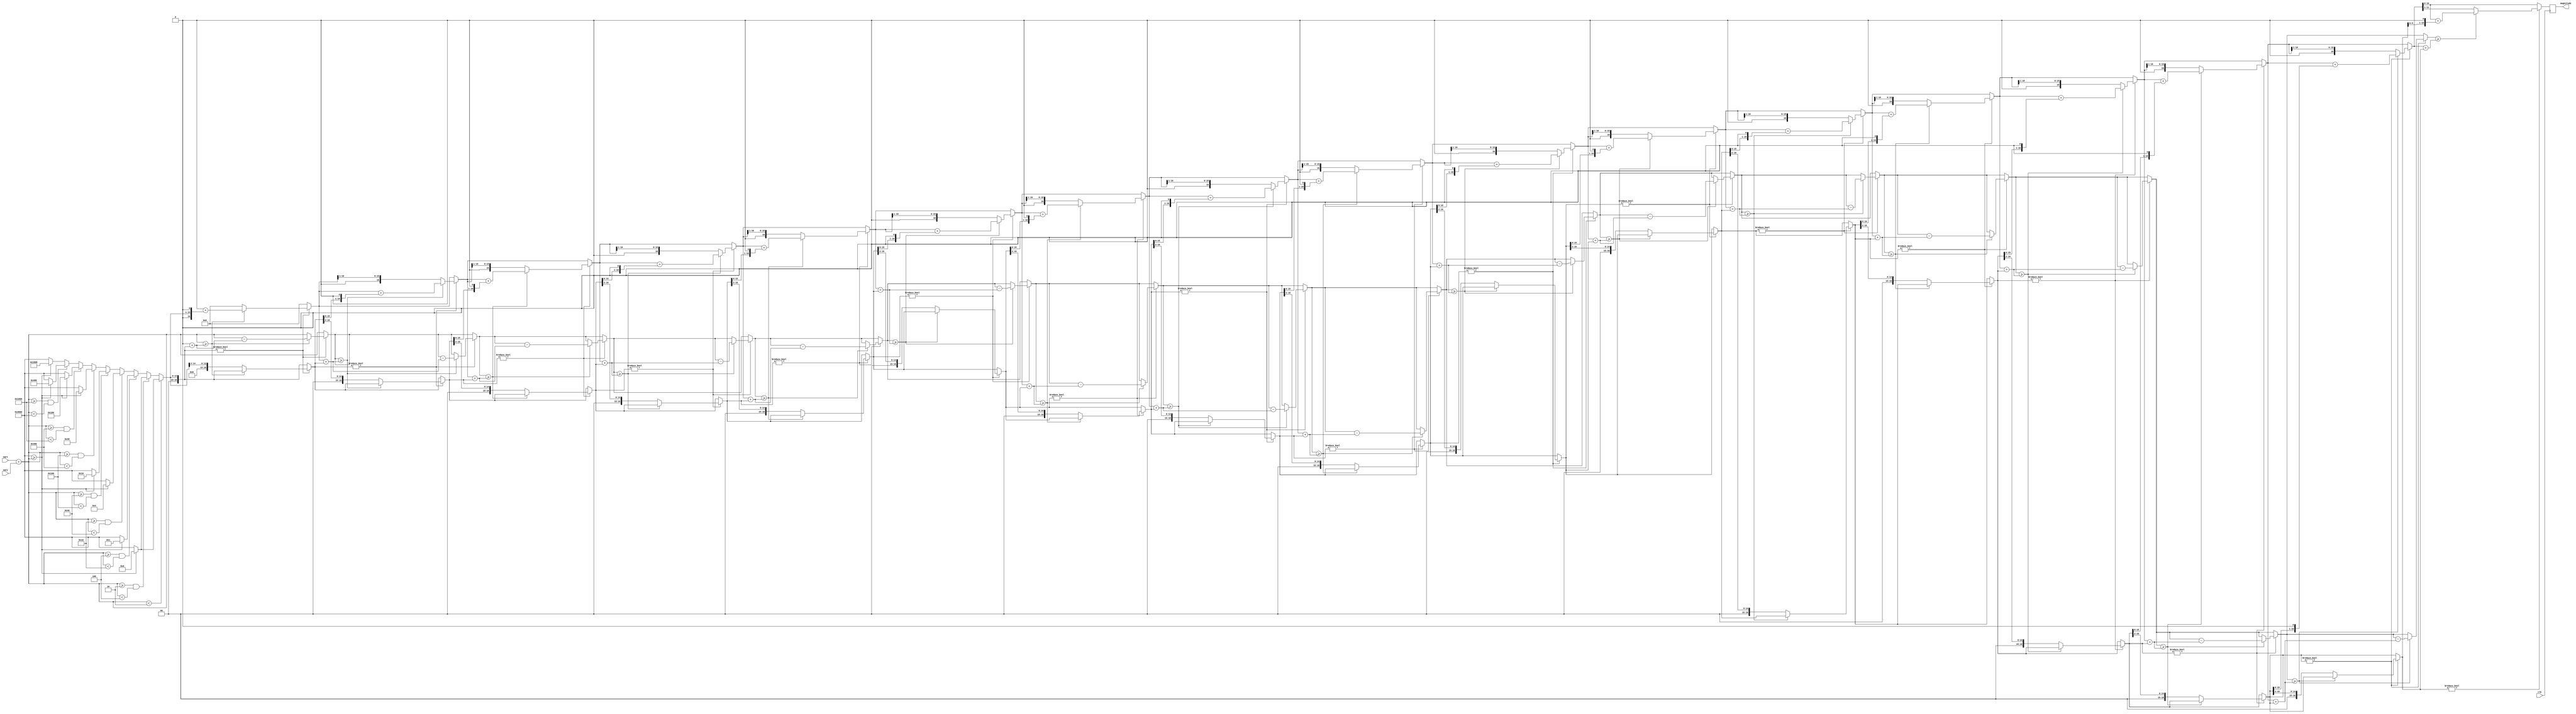
module root_sqr(
input wire clk,
input wire [16:0] sqrx,
input wire [16:0] sqry,
output reg [10:0] magnitude
);

reg [16:0] m;
reg [16:0] res;
reg [16:0] bit;
integer i = 0;

always@(posedge clk)
begin
	m = sqrx + sqry;
	res = 0;
	bit = 1 << 14;
	
	if (m < 2)
	begin
		 //for (i = 0; i < 9; i++)
			  if (bit >= m)
					bit = bit >> 18;
	end
	else if (m >= 2 && m < 4)
	begin
		 //for (i = 0; i < 8; i++)
			  if (bit >= m)
					bit = bit >> 16;
	end
	else if (m >= 4 && m < 16)
	begin
		 //for (i = 0; i < 7; i++)
			  if (bit >= m)
					bit = bit >> 14;
	end
	else if (m >= 16 && m < 64)
	begin
		 //for (i = 0; i < 6; i++)
			  if (bit >= m)
					bit = bit >> 12;
	end
	else if (m >= 64 && m < 256)
	begin
		 //for (i = 0; i < 5; i++)
			  if (bit >= m)
					bit = bit >> 10;
	end
	else if (m >= 256 && m < 1024)
	begin
		// for (i = 0; i < 4; i++)
			  if (bit >= m)
					bit = bit >> 8;
	end
	else if (m >= 1024 && m < 4096)
	begin
		 //for (i = 0; i < 3; i++)
			  if (bit >= m)
					bit = bit >> 6;
	end
	else if (m >= 4096 && m < 16384)
	begin
		 //for (i = 0; i < 2; i++)
			  if (bit >= m)
					bit = bit >> 4;
	end
	else
		 if (bit >= m)
			  bit = bit >> 2;

	
	for (i = 0; i < 17; i = i + 1)
	begin
		if (bit != 0)
		begin
			if (m >= res + bit)
			begin
				m = m - (res + bit);
				res = res + (bit << 1);
			end
			else
			begin
				res = res >> 1;
				bit = bit >> 2;
			end		
		end
		
		
	end
	
	magnitude <= res;
end

endmodule